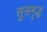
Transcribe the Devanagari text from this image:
सुसमृद्ध